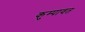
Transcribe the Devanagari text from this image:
कुम्पावत